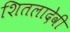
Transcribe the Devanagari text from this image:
शितलादेवी